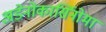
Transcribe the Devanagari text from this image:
अडेनोकार्सिनोमा